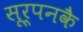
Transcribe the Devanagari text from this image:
सूर्पनकै